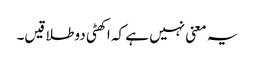
یہ معنی نہیں ہے کہ اکھٹی دو طلاقیں۔